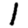
Digit: 1